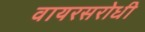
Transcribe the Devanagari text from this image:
वायरसरोधी